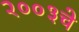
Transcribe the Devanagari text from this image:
२००३चे